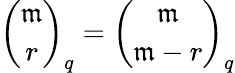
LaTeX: {\binom{\mathfrak{m}}{r}}_{q}={\binom{\mathfrak{m}}{\mathfrak{m}-r}}_{q}